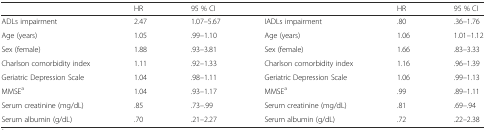
<table><thead><tr><td></td><td><b>HR</b></td><td><b>95 % CI</b></td><td></td><td><b>HR</b></td><td><b>95 % CI</b></td></tr></thead><tbody><tr><td>ADLs impairment</td><td>2.47</td><td>1.07–5.67</td><td>IADLs impairment</td><td>.80</td><td>.36–1.76</td></tr><tr><td>Age (years)</td><td>1.05</td><td>.99–1.10</td><td>Age (years)</td><td>1.06</td><td>1.01–1.12</td></tr><tr><td>Sex (female)</td><td>1.88</td><td>.93–3.81</td><td>Sex (female)</td><td>1.66</td><td>.83–3.33</td></tr><tr><td>Charlson comorbidity index</td><td>1.11</td><td>.92–1.33</td><td>Charlson comorbidity index</td><td>1.16</td><td>.96–1.39</td></tr><tr><td>Geriatric Depression Scale</td><td>1.04</td><td>.98–1.11</td><td>Geriatric Depression Scale</td><td>1.06</td><td>.99–1.13</td></tr><tr><td>MMSE<sup>a</sup></td><td>1.04</td><td>.93–1.17</td><td>MMSE<sup>a</sup></td><td>.99</td><td>.89–1.11</td></tr><tr><td>Serum creatinine (mg/dL)</td><td>.85</td><td>.73–.99</td><td>Serum creatinine (mg/dL)</td><td>.81</td><td>.69–.94</td></tr><tr><td>Serum albumin (g/dL)</td><td>.70</td><td>.21–2.27</td><td>Serum albumin (g/dL)</td><td>.72</td><td>.22–2.38</td></tr></tbody></table>